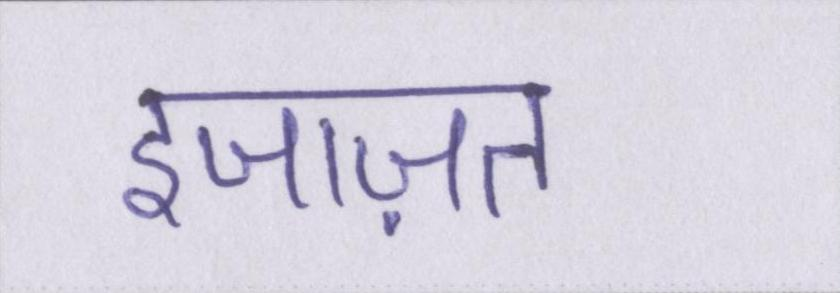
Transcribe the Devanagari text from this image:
इजाज़त